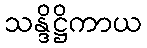
သန္ဒိဋ္ဌိကာယ